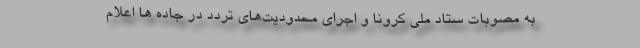
به مصوبات ستاد ملی کرونا و اجرای محدودیت‌های تردد در جاده ها اعلام